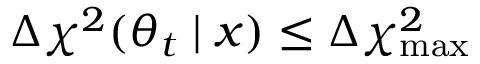
\Delta \chi ^ { 2 } ( \theta _ { t } \mid x ) \le \Delta \chi _ { \mathrm { m a x } } ^ { 2 }